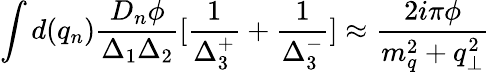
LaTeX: \int d(q_{n})\frac{D_{n}\phi}{\Delta_{1}\Delta_{2}}[\frac{1}{\Delta_{3}^{+}}+\frac{1}{\Delta_{3}^{-}}]\approx\frac{2i\pi\phi}{m_{q}^{2}+q_{\perp}^{2}}